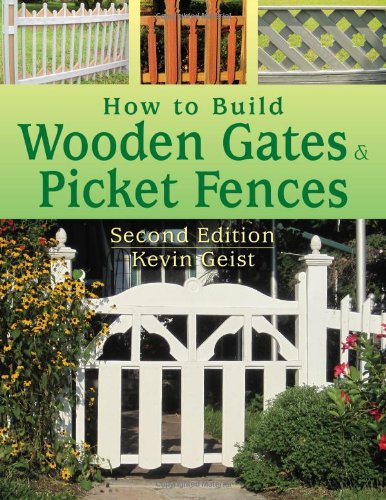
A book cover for How to Build Wooden Gates & Picket Fences: 2nd Edition; Kevin Geist; Crafts, Hobbies & Home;